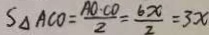
S _ { \Delta } A C O = \frac { A O \cdot C O } { 2 } = \frac { 6 x } { 2 } = 3 x